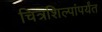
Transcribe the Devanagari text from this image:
चित्रशिल्पांपर्यंत